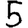
Digit: 5